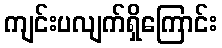
ကျင်းပလျက်ရှိကြောင်း